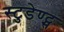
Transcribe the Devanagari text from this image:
स्टुडेण्ट्स